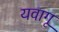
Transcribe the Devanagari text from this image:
यवागू